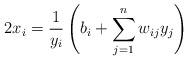
LaTeX: \begin{align*}2x_i=\frac{1}{y_i}\left(b_i+\sum_{j=1}^nw_{ij}y_j\right)\end{align*}